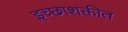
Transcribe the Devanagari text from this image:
इच्छाशक्तीत